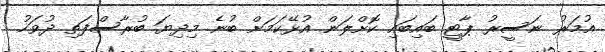
އުމަރު ނަސީރު ޕާޓީ ބައިބައި ކޮށްލަން އުޅޭކަމަށް ބުނެ މިދިޔަ ބުރާސްފަތި ދުވަހު